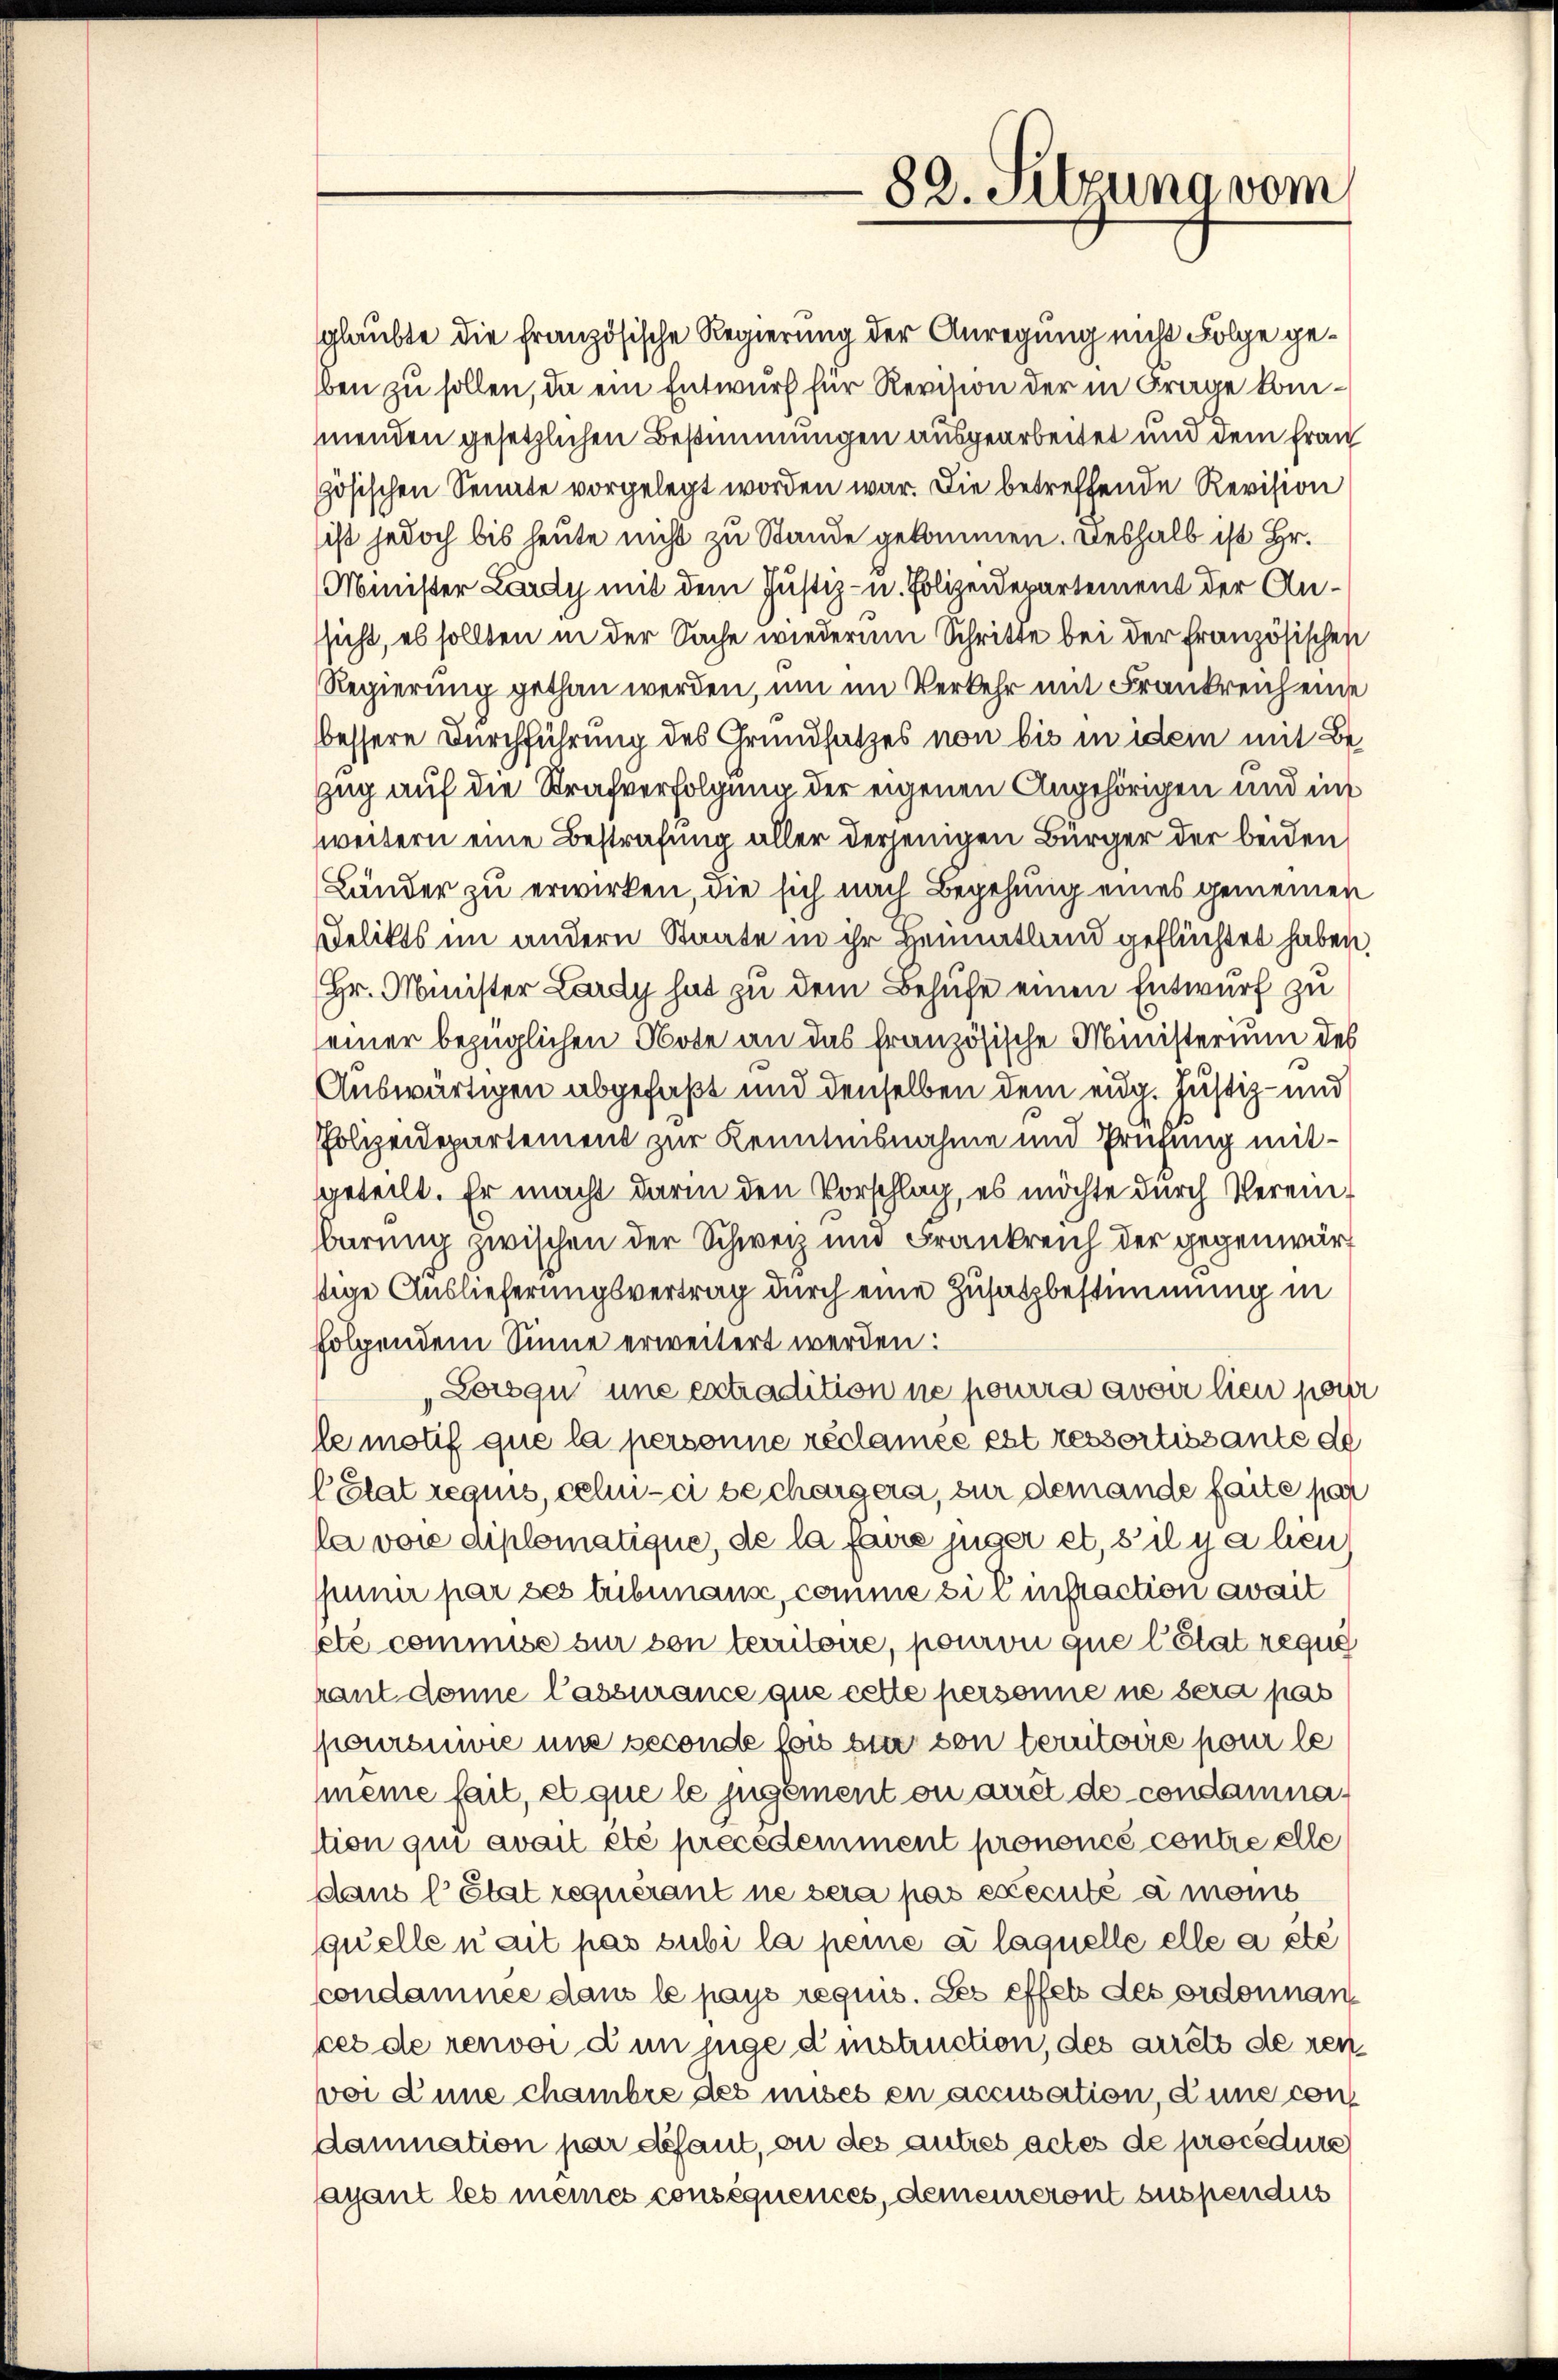
glaubte die Französische Regierung der Anregung nicht Folge geben zu sollen, da ein Entwurf für Revision der in Frage kommenden gesetzlichen Bestimmungen ausgearbeitet und dem Frau
zösischen Senate vorgelegt worden war. Die betreffende Revision
sist jedoch bis heute nicht zu Stande gekommen. Deshalb ist Hr.
Minister Lardy mit dem Justiz- u. Polizeidepartement der Ansicht, es sollten in der Sache wiederum Schritte bei der französischen
Regierung gethan werden, um im Verkehr mit Frankreichende
bessere Durchführung des Grundsatzes von bis in idem mit Bezug auf die Strafverfolgung der eigenen Angehörigen und ins
weitern eine Bestrafung aller derjenigen Bürger der beiden
Länder zu erwirken, die sich nach Begehung eines gemeinen
Delikts im andern Staate in ihr Heimatland geflüchtet haben,
Hr. Minister Lardy hat zu dem Behufe einen Entwurf zu
einer bezüglichen Note an das französische Ministerium des
Auswärtigen abgefaßt und denselben dem eidg. Justiz- und
Polizeidepartement zur Kenntnisnahme und Prüfung mitgeteilt. Er macht darin den Vorschlag, es möchte durch Vereinbarung zwischen der Schweiz und Frankreich der gegenwärstige Auslieferungsvertrag durch eine Zusatzbestimmung in
folgendem Sinne erweitert werden:
Lorsqu’ une extradition ne pourra avoir lieu pour
le motif que la personne réclamée est ressortissante de
Pétat requis, celui-ci bechargera, sur demande faite par
la voie diplomatique, de la faire juger et, s’il y a hen
suner par des tribunaus, comme sie instraction avait
pté commiss zur von territoire, pouron que l’état requi
raut donne lassurance que cette personne ne sera pas
pouronwie und seconde fois sie von territore pour le
meine fait, et que le jugement on auct de condamnation qui avait été precedemment prononcé contre elle
ddans l’état requérant ne sera pas executé à monis
quelle n’ait pas subi la peine à laquelle elle a été
condamnée dans le pays requis. Les effets des ordonnan
pes de renvoi d’un juge distruction, des arrets de ren
voi eune chambre des mises en accusation, dans con
dammation par défaut, ou des autres actes de procedure
ayant les meines conséquences, demeureront suspendies

82. Sitzung vom